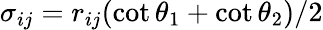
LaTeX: \sigma_{ij}=r_{ij}(\cot\theta_{1}+\cot\theta_{2})/2